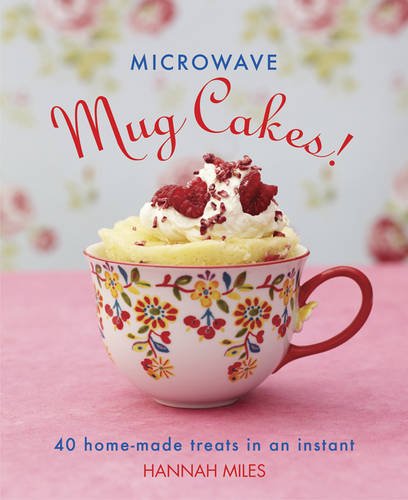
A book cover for Microwave Mug Cakes!: 40 Home-Made Treats In An Instant; Hannah Miles; Cookbooks, Food & Wine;